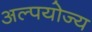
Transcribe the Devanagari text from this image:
अल्पयोज्य